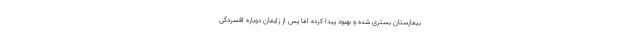
بیمارستان بستری شده و بهبود پیدا کرده اما پس از زایمان دوباره افسردگی